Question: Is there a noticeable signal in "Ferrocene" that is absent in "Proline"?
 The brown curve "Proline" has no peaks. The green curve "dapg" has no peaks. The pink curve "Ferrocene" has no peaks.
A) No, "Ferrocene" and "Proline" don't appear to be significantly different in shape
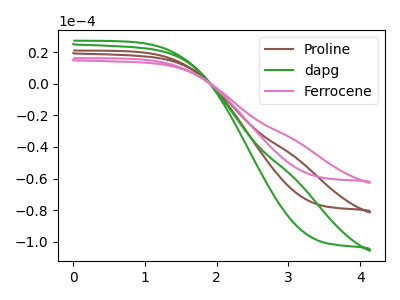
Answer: <think>Neither "Ferrocene" or "Proline" have any peaks.
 </think>
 <answer>A) No, "Ferrocene" and "Proline" don't appear to be significantly different in shape</answer>
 <eval>A</eval>